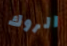
الروك